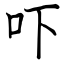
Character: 吓